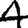
Digit: 4